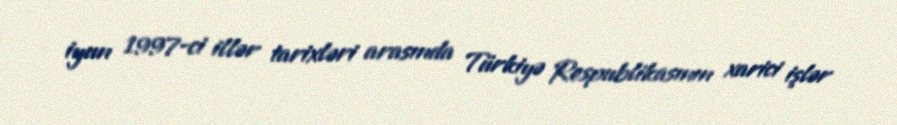
iyun 1997-ci illər tarixləri arasında Türkiyə Respublikasının xarici işlər